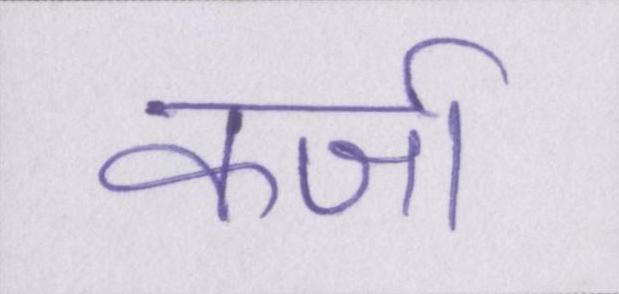
कर्जा